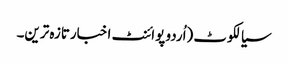
سیالکوٹ (اُردو پوائنٹ اخبارتازہ ترین۔